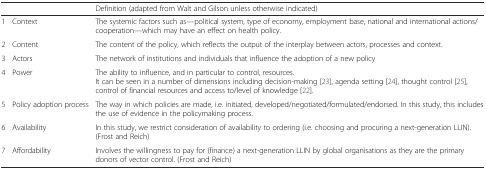
|  |  | Definition (adapted from Walt and Gilson unless otherwise indicated) |
 | --- | --- | --- |
 | 1 | Context | The systemic factors such as—political system, type of economy, employment base, national and international actions/cooperation—which may have an effect on health policy. |
 | 2 | Content | The content of the policy, which reflects the output of the interplay between actors, processes and context. |
 | 3 | Actors | The network of institutions and individuals that influence the adoption of a new policy |
 | 4 | Power | The ability to influence, and in particular to control, resources.It can be seen in a number of dimensions including decision-making [23], agenda setting [24], thought control [25], control of financial resources and access to/level of knowledge [22]. |
 | 5 | Policy adoption process | The way in which policies are made, i.e. initiated, developed/negotiated/formulated/endorsed. In this study, this includes the use of evidence in the policymaking process. |
 | 6 | Availability | In this study, we restrict consideration of availability to ordering (i.e. choosing and procuring a next-generation LLIN). (Frost and Reich) |
 | 7 | Affordability | Involves the willingness to pay for (finance) a next-generation LLIN by global organisations as they are the primary donors of vector control. (Frost and Reich) |